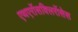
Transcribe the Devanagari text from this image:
एथएरॉसक्लिरॉसेस